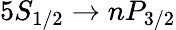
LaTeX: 5S_{1/2}\rightarrow nP_{3/2}